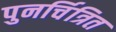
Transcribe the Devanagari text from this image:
पुनर्चित्रित